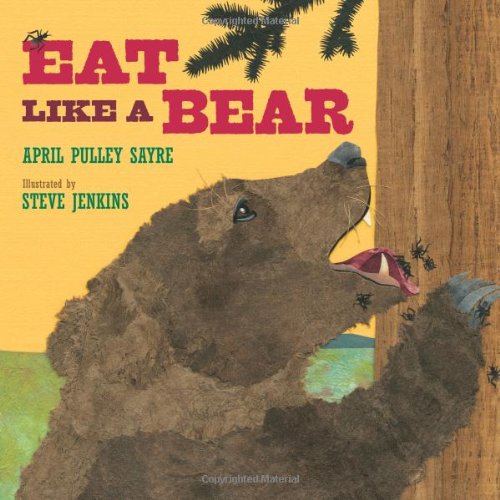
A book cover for Eat Like a Bear; April Pulley Sayre; Children's Books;